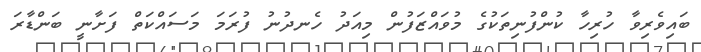
ބައިވެރިވާ ހުރިހާ ކުންފުނިތަކުގެ މުވައްޒަފުން މިއަދު ހެނދުނު ފުރަމަ މަސައްކަތް ފަށާނީ ބަންޑާރަ